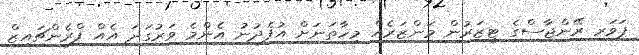
ޕަވަރ ރޭންޖާސްގެ ޓީޒަރުން މަންޒަރެއް މިހާތަނަށް އުފެދުނު އެންމެ ވަރުގަދަ އެއް ފްރެންޗައިޒް